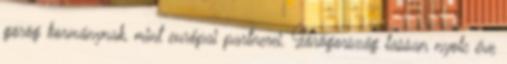
görög kormánynak, mint európai partnerei. Görögország lassan nyolc éve